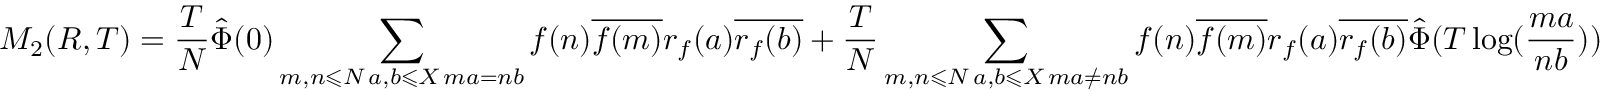
M _ { 2 } ( R , T ) = \frac { T } { N } { \hat { \Phi } } ( 0 ) \sum _ { \substack { m , n \leqslant N \, a , b \leqslant X \, m a = n b } } f ( n ) \overline { { f ( m ) } } r _ { f } ( a ) \overline { { r _ { f } ( b ) } } + \frac { T } { N } \sum _ { \substack { m , n \leqslant N \, a , b \leqslant X \, m a \neq n b } } f ( n ) \overline { { f ( m ) } } r _ { f } ( a ) \overline { { r _ { f } ( b ) } } \hat { \Phi } ( T \log ( \frac { m a } { n b } ) )